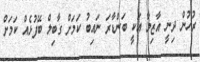
ރުހުން ދިނީ އާޒިމާ އަކީ ބަންޑާރަ ނައިބު ކަމަށް ގާބިލް ބޭފުޅެއް ކަމަށް